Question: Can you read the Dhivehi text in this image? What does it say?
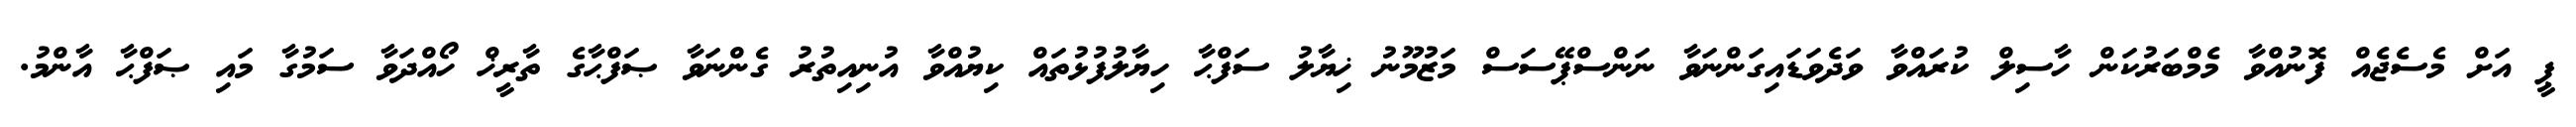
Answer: ޕީ އަށް މެސެޖެއް ފޮނުއްވާ މެމްބަރުކަން ހާސިލް ކުރައްވާ ވަދެވަޑައިގަންނަވާ ނަންސްޕޭސަސް މަޒުމޫނު ޚިޔާލު ސަފްޙާ ހިޔާލުފުޅުތައް ކިޔުއްވާ އުނިއިތުރު ގެންނަވާ ޞަފްޙާގެ ތާރީޚް ހޯއްދަވާ ސަމުގާ މައި ޞަފްޙާ އާންމު.